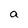
Character: a